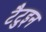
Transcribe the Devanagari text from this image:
टैटुइन